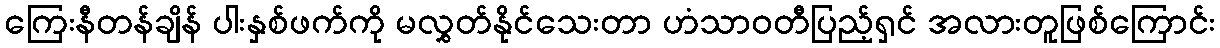
ကြေးနီတန်ချိန် ပါးနှစ်ဖက်ကို မလွှတ်နိုင်သေးတာ ဟံသာဝတီပြည့်ရှင် အလားတူဖြစ်ကြောင်း